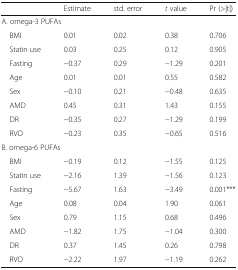
<table><thead><tr><td></td><td><b>Estimate</b></td><td><b>std. error</b></td><td><b><i>t</i> value</b></td><td><b>Pr (&gt;|t|)</b></td></tr></thead><tbody><tr><td colspan="5">A. omega-3 PUFAs</td></tr><tr><td> BMI</td><td>0.01</td><td>0.02</td><td>0.38</td><td>0.706</td></tr><tr><td> Statin use</td><td>0.03</td><td>0.25</td><td>0.12</td><td>0.905</td></tr><tr><td> Fasting</td><td>−0.37</td><td>0.29</td><td>−1.29</td><td>0.201</td></tr><tr><td> Age</td><td>0.01</td><td>0.01</td><td>0.55</td><td>0.582</td></tr><tr><td> Sex</td><td>−0.10</td><td>0.21</td><td>−0.48</td><td>0.635</td></tr><tr><td> AMD</td><td>0.45</td><td>0.31</td><td>1.43</td><td>0.155</td></tr><tr><td> DR</td><td>−0.35</td><td>0.27</td><td>−1.29</td><td>0.199</td></tr><tr><td> RVO</td><td>−0.23</td><td>0.35</td><td>−0.65</td><td>0.516</td></tr><tr><td colspan="5">B. omega-6 PUFAs</td></tr><tr><td> BMI</td><td>−0.19</td><td>0.12</td><td>−1.55</td><td>0.125</td></tr><tr><td> Statin use</td><td>−2.16</td><td>1.39</td><td>−1.56</td><td>0.123</td></tr><tr><td> Fasting</td><td>−5.67</td><td>1.63</td><td>−3.49</td><td>0.001***</td></tr><tr><td> Age</td><td>0.08</td><td>0.04</td><td>1.90</td><td>0.061</td></tr><tr><td> Sex</td><td>0.79</td><td>1.15</td><td>0.68</td><td>0.496</td></tr><tr><td> AMD</td><td>−1.82</td><td>1.75</td><td>−1.04</td><td>0.300</td></tr><tr><td> DR</td><td>0.37</td><td>1.45</td><td>0.26</td><td>0.798</td></tr><tr><td> RVO</td><td>−2.22</td><td>1.97</td><td>−1.19</td><td>0.262</td></tr></tbody></table>